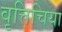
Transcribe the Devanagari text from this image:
वृत्तिचिया